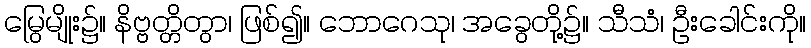
မြွေမျိုး၌။ နိဗ္ဗတ္တိတွာ၊ ဖြစ်၍။ ဘောဂေသု၊ အခွေတို့၌။ သီသံ၊ ဦးခေါင်းကို။